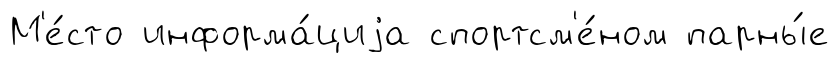
М'е́сто информа́циjа спортсм'е́ном парны́е